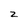
Character: 2